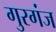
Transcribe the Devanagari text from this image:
गुरगंज